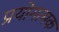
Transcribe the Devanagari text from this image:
प्रयोगत्मक